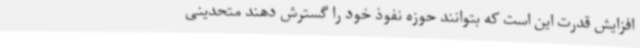
افزایش قدرت این است که بتوانند حوزه نفوذ خود را گسترش دهند متحدینی